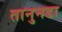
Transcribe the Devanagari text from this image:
तानुनडा